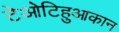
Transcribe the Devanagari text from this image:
टेओटिहुआकान